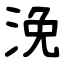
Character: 浼